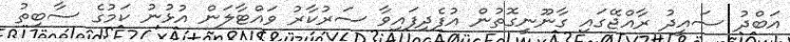
އަބްދު ސައީދު ރާއްޖޭގައި ގާނޫނީގޮތުން އުފެދިފައިވާ ސަރުކާރު ވައްޓާލަން އުޅުނު ކަމުގެ ސާބިތު